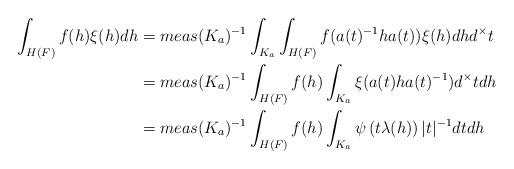
LaTeX: \begin{align*}\displaystyle \int_{H(F)} f(h)\xi(h)dh & =meas(K_a)^{-1}\int_{K_a}\int_{H(F)} f(a(t)^{-1}ha(t))\xi(h)dhd^\times t \\ & =meas(K_a)^{-1}\int_{H(F)}f(h)\int_{K_a} \xi(a(t)ha(t)^{-1})d^\times tdh \\ & =meas(K_a)^{-1}\int_{H(F)} f(h)\int_{K_a} \psi\left(t\lambda(h)\right)\lvert t\rvert^{-1}dtdh\end{align*}